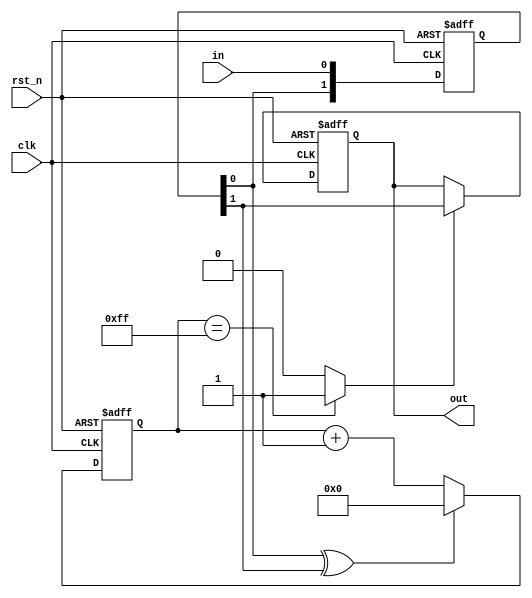
module deb (
    input clk,
    input rst_n,
    input in,
    output out
);
    reg out_next, out_reg;
    assign out = out_reg;

    reg [1:0] ff_next, ff_reg; // actually 2 flip flops
    // those ffs save last 2 bits for every takts

    reg[7:0] cnt_next, cnt_reg; // counter for

    assign in_changed = ff_reg[0] ^ ff_reg[1];
    // if ffs are same => in_changed is 0
    // if ffs are different => in_changed is 1
    assign in_stable = (cnt_reg == 8'hFF) ? 1'b1: 1'b0;

    always @(posedge clk, negedge rst_n) begin
        if(!rst_n) begin
            out_reg <= 1'b0;
            ff_reg <= 2'b00;
            cnt_reg <= 8'h00;

        end else begin
            out_reg <= out_next;            
            ff_reg <= ff_next;
            cnt_reg <= cnt_next;

        end
    end

    always @(*) begin
        ff_next[0] = in; // update ffs, similary to rising edge detector
        ff_next[1] = ff_reg[0];

        cnt_next = in_changed ? 0 : (cnt_reg + 1'b1); // reset to 0 or ++
        // how many tackts the same value is on input
        // when we chaged value 0 -> 1 or 1 -> 0, reset counter
        // we should wait untill the same value remains for 255 tackts
        out_next = in_stable ? ff_reg[1] : out_reg;
        // both ff_reg[0] and ff_reg[1] are stable so it does not matter what we send to out_next
    end
    
endmodule